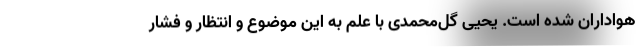
هواداران شده است. یحیی گل‌محمدی با علم به این موضوع و انتظار و فشار